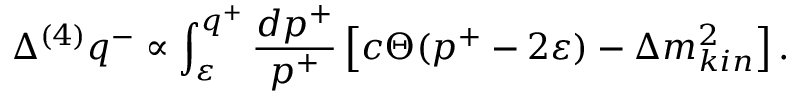
\Delta ^ { ( 4 ) } q ^ { - } \propto \int _ { \varepsilon } ^ { q ^ { + } } \frac { d p ^ { + } } { p ^ { + } } \left[ c \Theta ( p ^ { + } - 2 \varepsilon ) - \Delta m _ { k i n } ^ { 2 } \right] .